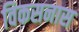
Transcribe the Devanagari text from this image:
विकसनास